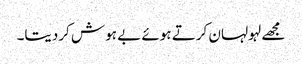
مجھے لہولہان کرتے ہوئے بے ہوش کردیتا۔